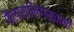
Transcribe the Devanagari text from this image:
मैलारालिंगेस्वामी